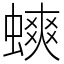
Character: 䗮